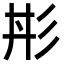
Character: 㣋